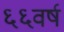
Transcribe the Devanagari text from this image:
६६वर्ष